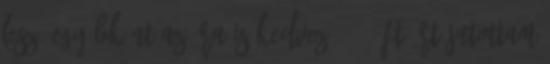
lesz. Egyébként az ára is kedvező, 440 Ft-ért jutottam